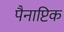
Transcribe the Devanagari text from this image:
पैनाप्टिक